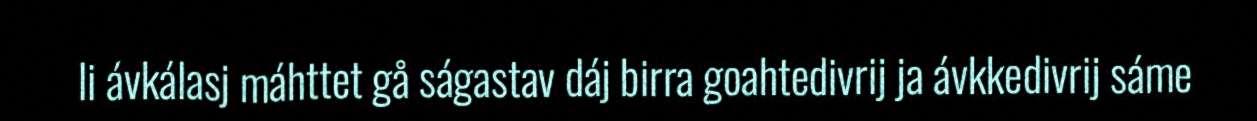
li ávkálasj máhttet gå ságastav dáj birra goahtedivrij ja ávkkedivrij sáme